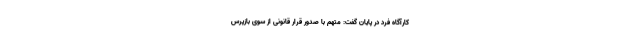
کارآگاه فرد در پایان گفت: متهم با صدور قرار قانونی از سوی بازپرس